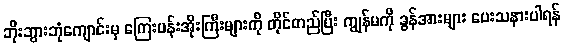
ဘိုးဘွားဘုံကျောင်းမှ ကြေးပန်းအိုးကြီးများကို တိုင်တည်ပြီး ကျွန်မကို ခွန်အားများ ပေးသနားပါရန်